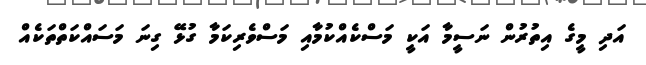
އަދި މީގެ އިތުރުން ނަސީމާ އަކީ މަސްކެއްކުމާއި މަސްވެރިކަމާ ގުޅޭ ގިނަ މަސައްކަތްތަކެއް